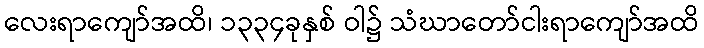
လေးရာကျော်အထိ၊ ၁၃၃၄ခုနှစ် ဝါ၌ သံဃာတော်ငါးရာကျော်အထိ